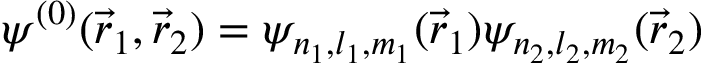
\psi ^ { ( 0 ) } ( { \vec { r } } _ { 1 } , { \vec { r } } _ { 2 } ) = \psi _ { n _ { 1 } , l _ { 1 } , m _ { 1 } } ( { \vec { r } } _ { 1 } ) \psi _ { n _ { 2 } , l _ { 2 } , m _ { 2 } } ( { \vec { r } } _ { 2 } )